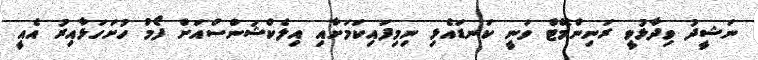
ނަޝީދު ވިދާޅުވީ ރަނިންމޭޓް ވަނީ ކަނޑައެޅި ނިމިފައިކަމަށާއި އިލެކްޝަންސްއަށް ފޯމު ހުށަހަޅާއިރު އެއީ